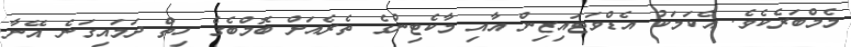
މެމްބަރެކެވެ. އެކަމަކު އެޑްވަޓައިޒިން އާއި މާކެޓިންގެ ތެރެއަށް ބޮމްބެގެ ހިތް ދަމައިގަނެ އޭނާ